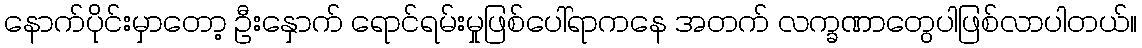
နောက်ပိုင်းမှာတော့ ဦးနှောက် ရောင်ရမ်းမှုဖြစ်ပေါ်ရာကနေ အတက် လက္ခဏာတွေပါဖြစ်လာပါတယ်။